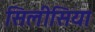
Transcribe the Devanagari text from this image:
सिलीसिया